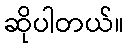
ဆိုပါတယ်။